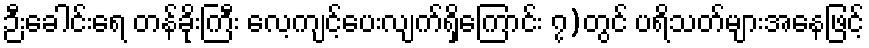
ဉီးခေါင်းရေ တန်ခိုးကြီး လေ့ကျင့်ပေးလျက်ရှိကြောင်း ၇)တွင် ပရိသတ်များအနေဖြင့်